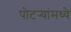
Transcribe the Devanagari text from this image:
पोटर्‍यांमध्ये